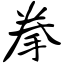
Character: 拳